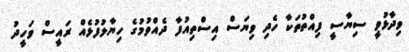
ވިދާޅުވީ ސިޔާސީ ފިއްތުތަކާ ހެދި ވިޔަސް އިސްތިއުފާ ދެއްވުމުގެ ހިޔާލުފުޅެއް ރައީސް ވަހީދު